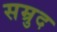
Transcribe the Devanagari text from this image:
सम्रुद